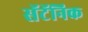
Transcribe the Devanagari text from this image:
सॅटॅनिक